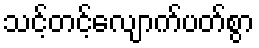
သင့်တင့်လျောက်ပတ်စွာ